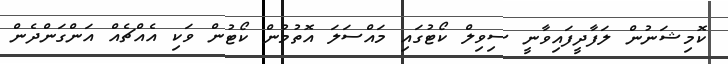
ކޮމިޝަނުން ލަފާދީފައިވާނީ ސިވިލް ކޯޓުގައި މައްސަލަ އޮތުމުން ކޯޓުން ވަކި އެއްޗެއް އަންގަންދެން